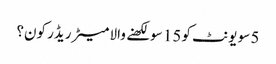
5 سو یونٹ کو 15 سو لکھنے والا میٹر ریڈر کون؟